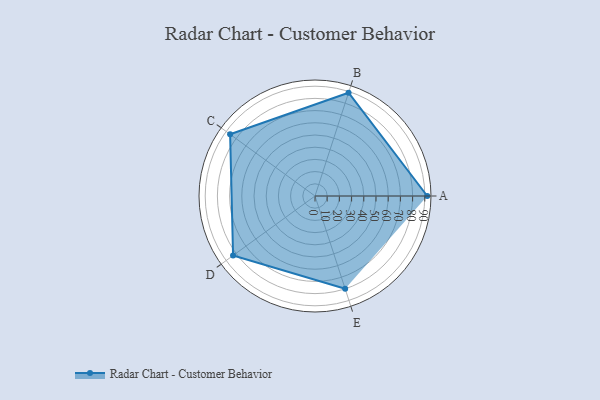
{"axis": {"x": "Skill", "y": "Score"}, "legend": ["Profile"], "data": [{"x": "A", "y": 92.0, "type": "Profile"}, {"x": "B", "y": 89.0, "type": "Profile"}, {"x": "C", "y": 86.0, "type": "Profile"}, {"x": "D", "y": 83.0, "type": "Profile"}, {"x": "E", "y": 80.0, "type": "Profile"}]}